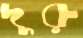
দুরু